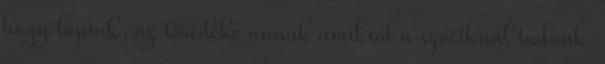
hogy loptak, az töredéke annak amikről a szociknál tudunk.